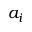
a _ { i }